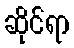
ဆိုင်ရာ